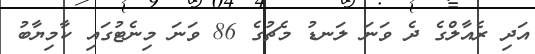
އަދި ރެއާލްގެ ދެ ވަނަ ލަނޑު މެޗުގެ 86 ވަނަ މިނެޓުގައި ކާމިޔާބު